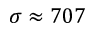
\sigma \approx 7 0 7